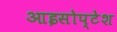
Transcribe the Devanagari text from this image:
आइसोप्टेश